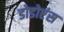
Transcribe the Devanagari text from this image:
डोडोएंस